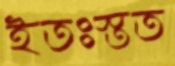
ইতঃস্তত